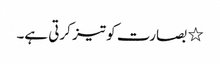
٭ بصارت کو تیز کرتی ہے۔